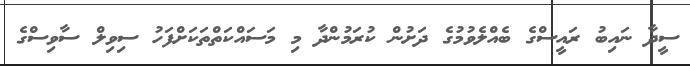
ސީދާ ނައިބު ރައީސްގެ ބެއްލެވުމުގެ ދަށުން ކުރަމުންދާ މި މަސައްކަތްތަކަށްފަހު ސިވިލް ސާވިސްގެ